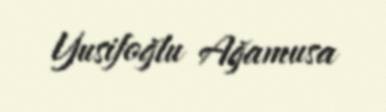
Yusifoğlu Ağamusa